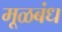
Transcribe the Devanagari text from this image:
मूळबंध